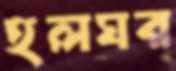
হলঘর